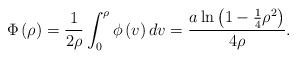
LaTeX: \begin{align*}\Phi\left( \rho\right) =\frac{1}{2\rho}\int_{0}^{\rho}{\phi\left( v\right)dv}=\frac{a\ln\left( {1-{\frac{1}{4}}\rho^{2}}\right) }{4\rho}.\end{align*}